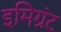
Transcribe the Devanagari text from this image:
इमिग्रंट